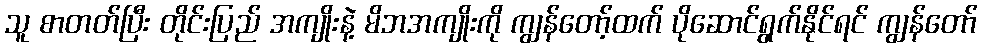
သူ စာတတ်ပြီး တိုင်းပြည် အကျိုးနဲ့ မိဘအကျိုးကို ကျွန်တော့်ထက် ပိုဆောင်ရွက်နိုင်ရင် ကျွန်တော်